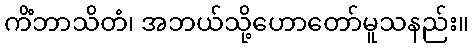
ကိံဘာသိတံ၊ အဘယ်သို့ဟောတော်မူသနည်း။